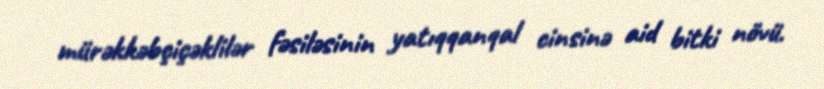
mürəkkəbçiçəklilər fəsiləsinin yatıqqanqal cinsinə aid bitki növü.